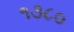
૧૩૮૦